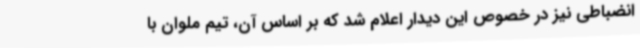
انضباطی نیز در خصوص این دیدار اعلام شد که بر اساس آن، تیم ملوان با